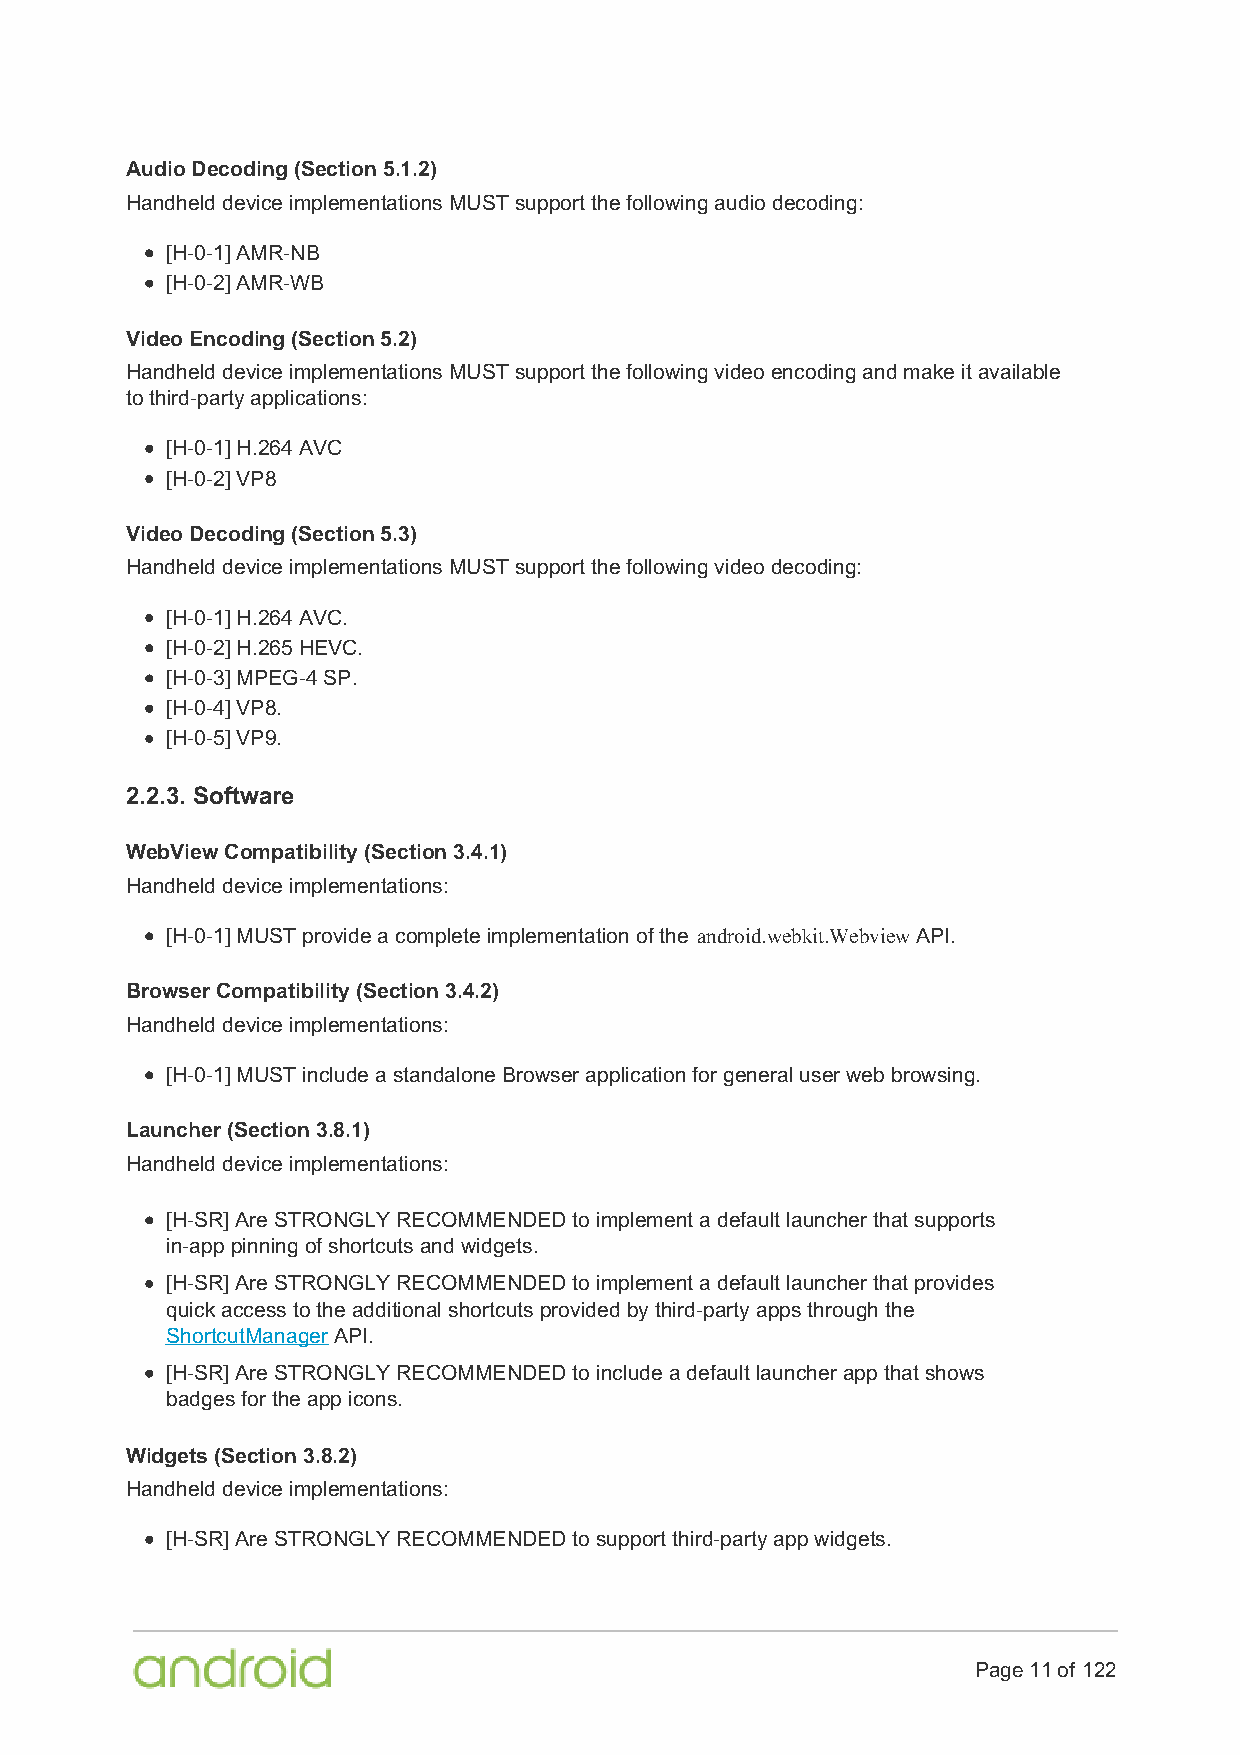
Audio Decoding (Section 5.1.2)
 Handheld device implementations MUST support the following audio decoding:
 [H-0-1] AMR-NB
 [H-0-2] AMR-WB
 Video Encoding (Section 5.2)
 Handheld device implementations MUST support the following video encoding and make it available
 to third-party applications:
 [H-0-1] H.264 AVC
 [H-0-2] VP8
 Video Decoding (Section 5.3)
 Handheld device implementations MUST support the following video decoding:
 [H-0-1] H.264 AVC.
 [H-0-2] H.265 HEVC.
 [H-0-3] MPEG-4 SP.
 [H-0-4] VP8.
 [H-0-5] VP9.
 2.2.3. Software
 WebView Compatibility (Section 3.4.1)
 Handheld device implementations:
 [H-0-1] MUST provide a complete implementation of the android.webkit.Webview API.
 Browser Compatibility (Section 3.4.2)
 Handheld device implementations:
 [H-0-1] MUST include a standalone Browser application for general user web browsing.
 Launcher (Section 3.8.1)
 Handheld device implementations:
 [H-SR] Are STRONGLY RECOMMENDED to implement a default launcher that supports
 in-app pinning of shortcuts and widgets.
 [H-SR] Are STRONGLY RECOMMENDED to implement a default launcher that provides
 quick access to the additional shortcuts provided by third-party apps through the
 ShortcutManager API.
 [H-SR] Are STRONGLY RECOMMENDED to include a default launcher app that shows
 badges for the app icons.
 Widgets (Section 3.8.2)
 Handheld device implementations:
 [H-SR] Are STRONGLY RECOMMENDED to support third-party app widgets.
 Page 11 of 122